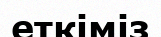
еткіміз